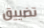
تضييق